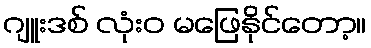
ဂျူးဒစ် လုံးဝ မဖြေနိုင်တော့။